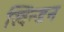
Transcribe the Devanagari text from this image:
स्विन्डन